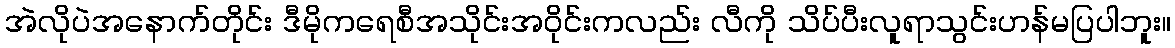
အဲလိုပဲအနောက်တိုင်း ဒီမိုကရေစီအသိုင်းအဝိုင်းကလည်း လီကို သိပ်ပီးလူရာသွင်းဟန်မပြပါဘူး။